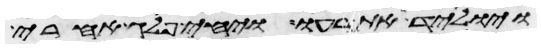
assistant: ויוליד את רעו ויחי פלג אחרי